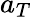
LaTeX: a_{T}